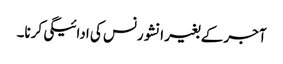
آجر کے بغیر انشورنس کی ادائیگی کرنا۔